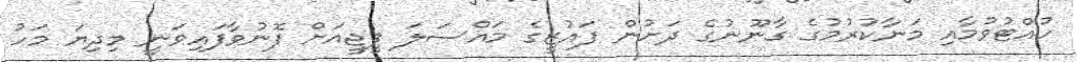
ހުއްޓުވުމާއި މަނާކުރުމުގެ ގާނޫނުގެ ދަށުން ފައުޒީގެ މައްސަލަ ޕީޖީއަށް ފޮނުވާފައިވަނީ މިދިޔަ މަހު